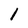
Character: l